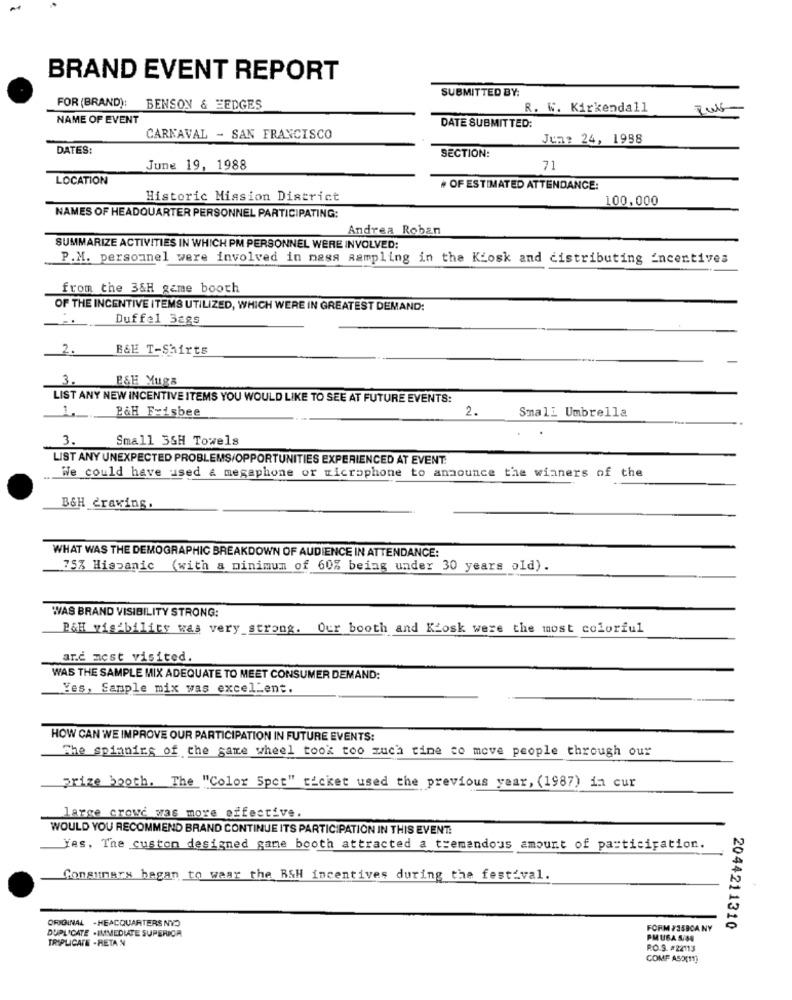
BRAND EVENT REPORT
SUBMITTED BY:
FOR (BRAND):
BENSON & EEDGES
R. W. Kirkendall
NAME OF EVENT
DATE SUBMITTED:
CARNAVAL - SAN FRANCISCO
Jun: 24, 1988
DATES:
SECTION:
June 19, 1988
71
LOCATION
+ OF ESTIMATED ATTENDANCE:
Historic Mission District
100,000
NAMES OF HEADQUARTER PERSONNEL PARTICIPATING:
Andrea Roban
SUMMARIZE ACTIVITIES IN WHICH PM PERSONNEL WERE INVOLVED:
P.M. personnel were involved in mass sampling in the Kiosk and distributing incentives
from the 3&H game booth
OF THE INCENTIVE ITEMS UTILIZED, WHICH WERE IN GREATEST DEMAND:
Duffel 38gs
2.
B&E T-Shirts
3.
B&H Mugs
LIST ANY NEW INCENTIVE ITEMS YOU WOULD LIKE TO SEE AT FUTURE EVENTS:
2.
Small Umbrella
P&H Frisbee
3.
Small 3SH Towels
LIST ANY UNEXPECTED PROBLEMS/OPPORTUNITIES EXPERIENCED AT EVENT.
We could have used & megaphone or microphone to announce the winners of the
B&H Craving.
WHAT WAS THE DEMOGRAPHIC BREAKDOWN OF AUDIENCE IN ATTENDANCE:
75% Hispanic (with a minimum of 60% being under 30 years old).
WAS BRAND VISIBILITY STRONG:
POH visibility was very strong. Our booth and Kiosk were the most colorful
arc mest visited.
WAS THE SAMPLE MIX ADEQUATE TO MEET CONSUMER DEMAND:
Yes, Sample mix was excellent.
HOW CAN WE IMPROVE OUR PARTICIPATION IN FUTURE EVENTS:
The spinning of the game wheel took too much time to move people through our
prize booth. The "Color Spet" ticket used the previous year, (1987) in cur
large crowd was more effective.
WOULD YOU RECOMMEND BRAND CONTINUE ITS PARTICIPATION IN THIS EVENT.
Yes, The custom designed game booth attracted a tremendous amount of participation.
Consumers began to wear the RSH incentives during the festival.
ORIGINAL . HEADQUARTERS NYJ
DUPLICATE .IMMEDIATE SUPERIOR
FORM #3590ANY
2044211310
TRIPLICATE -RETA N
PMUBA SS4
RO.S. #22113
COMP ASO(11)